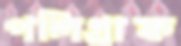
পলিগ্রাফ